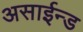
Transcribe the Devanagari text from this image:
असाईन्ड